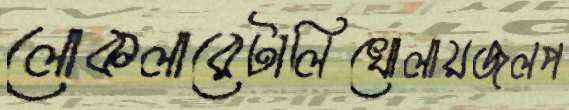
লোকলারেটালিখোলায়জলপ